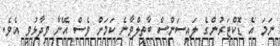
ނަމަ އެ ޑޮކްޓަރުންގެ ލައިސަންސް ބާތިލްވާނެ ކަމަށް ވެސް އޭނާ ވިދާޅުވި އެވެ.